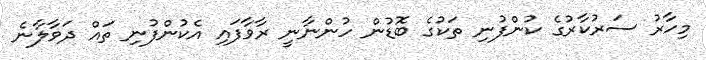
މިހާރު ސަރުކާރުގެ ކުންފުނި ތަކުގެ ބޮޑުން ހުންނާނީ ރާވާފައި އެކުންފުނި ތައް ދަވާލާނެ